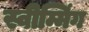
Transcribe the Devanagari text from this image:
स्वीम्मिंग